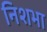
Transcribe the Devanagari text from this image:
निशभा